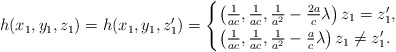
\begin{align*}h(x_1, y_1, z_1)=h(x_1, y_1, z_1') = \begin{cases}\left(\frac1{ac}, \frac1{ac}, \frac1{a^2} - \frac {2a}{c} \lambda \right)z_1=z_1', \\\left(\frac1{ac}, \frac1{ac}, \frac1{a^2} - \frac {a}{c} \lambda \right) z_1\neq z_1'.\end{cases}\end{align*}